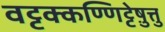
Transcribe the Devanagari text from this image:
वट्टक्कण्णिट्टेषु़त्तु